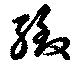
緻